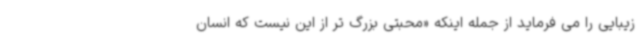
زیبایی را می فرماید از جمله اینکه «محبتی بزرگ تر از این نیست که انسان